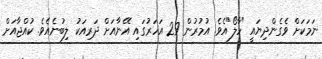
ނަމަކަށް ވެގެންދިޔައީ "ހާލޯ"އެވެ. އުމުރުން 29 އަހަރުގައި އޭނާއަށް ދަރިއަކު ލިބުނެއެވެ. ކުއްޖާއަށް